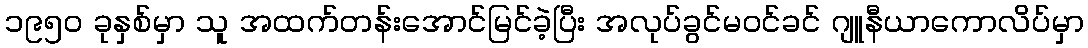
၁၉၅၀ ခုနှစ်မှာ သူ အထက်တန်းအောင်မြင်ခဲ့ပြီး အလုပ်ခွင်မဝင်ခင် ဂျူနီယာကောလိပ်မှာ